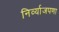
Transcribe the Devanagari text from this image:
निर्व्याजपणा